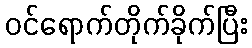
ဝင်ရောက်တိုက်ခိုက်ပြီး